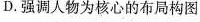
D.强调人物为核心的布局构图